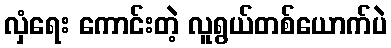
လှံရေး ကောင်းတဲ့ လူရွယ်တစ်ယောက်ပဲ